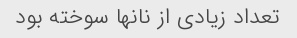
تعداد زیادی از نانها سوخته بود